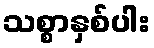
သစ္စာနှစ်ပါး